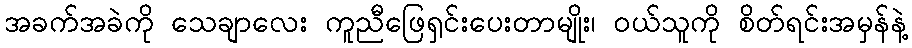
အခက်အခဲကို သေချာလေး ကူညီဖြေရှင်းပေးတာမျိုး၊ ၀ယ်သူကို စိတ်ရင်းအမှန်နဲ့